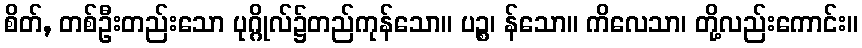
စိတ်, တစ်ဦးတည်းသော ပုဂ္ဂိုလ်၌တည်ကုန်သော။ ပဉ္စ၊ န်သော။ ကိလေသာ၊ တို့လည်းကောင်း။